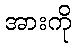
အားကို